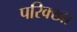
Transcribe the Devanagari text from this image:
परिक्खा